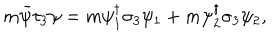
m \bar { \psi } \tau _ { 3 } \psi = m \psi _ { 1 } ^ { \dagger } \sigma _ { 3 } \psi _ { 1 } + m \psi _ { 2 } ^ { \dagger } \sigma _ { 3 } \psi _ { 2 } ,